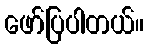
ဖော်ပြပါတယ်။